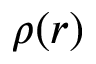
\rho ( r )